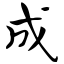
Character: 成